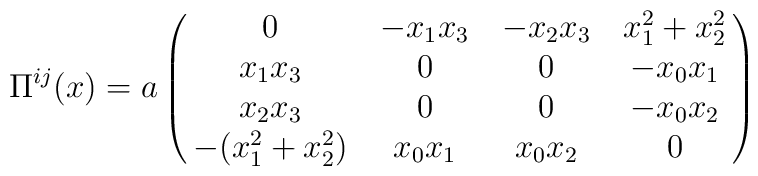
\Pi^{ij}(x)=a\pmatrix{ 0 & -x_1x_3  & -x_2x_3 & x_1^2+x_2^2\cr x_1x_3 &0  & 0  &-x_0 x_1 \cr x_2x_3& 0 &0 & -x_0x_2 \cr -(x_1^2+x_2^2)  & x_0x_1 & x_0x_2 &0}